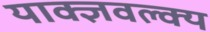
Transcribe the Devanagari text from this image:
याक्ज्ञवल्क्य